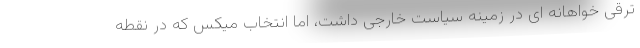
ترقی خواهانه ای در زمینه سیاست خارجی داشت، اما انتخاب میکس که در نقطه